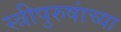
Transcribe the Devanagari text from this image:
स्त्रीपुरुषांच्या